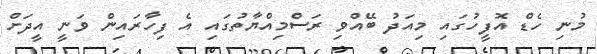
މުނި ހެޑް އޮފީހުގައި މިއަދު ބޭއްވި ރަސްމިއްޔާތުގައި އެ ފިހާރައިން ވަނީ އީދަށް